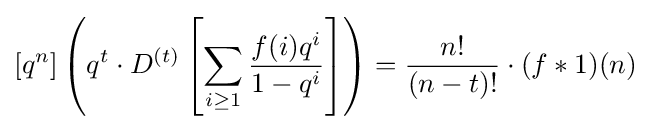
[q^{n}]\left(q^{t}\cdot D^{(t)}\left[\sum _{i\geq 1}{\frac {f(i)q^{i}}{1-q^{i}}}\right]\right)={\frac {n!}{(n-t)!}}\cdot (f\ast 1)(n)